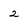
Character: 2